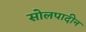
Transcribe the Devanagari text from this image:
सोलपादीन